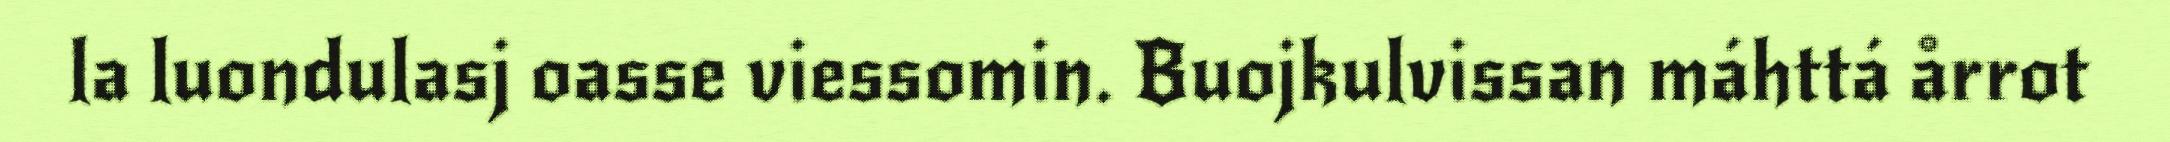
la luondulasj oasse viessomin. Buojkulvissan máhttá årrot